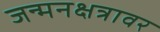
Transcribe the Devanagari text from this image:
जन्मनक्षत्रावर